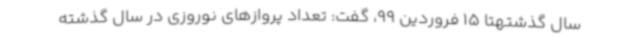
سال گذشتهتا 15 فروردین 99، گفت: تعداد پروازهای نوروزی در سال گذشته